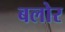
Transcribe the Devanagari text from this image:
बलोर